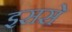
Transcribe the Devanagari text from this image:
इससेे